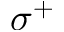
\sigma ^ { + }